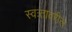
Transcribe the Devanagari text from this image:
स्वःतावरील